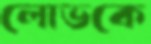
লোভকে